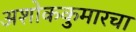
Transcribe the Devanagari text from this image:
अशोककुमारचा